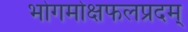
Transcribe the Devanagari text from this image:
भोगमोक्षफलप्रदम्